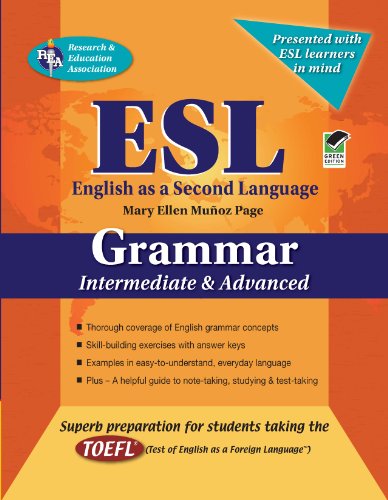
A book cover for ESL Intermediate/Advanced Grammar (English as a Second Language Series); Mary Ellen Munoz Page; Education & Teaching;